Lunatic asylums United Provinces 1909-1921 - 1909-1921
Year: 1909
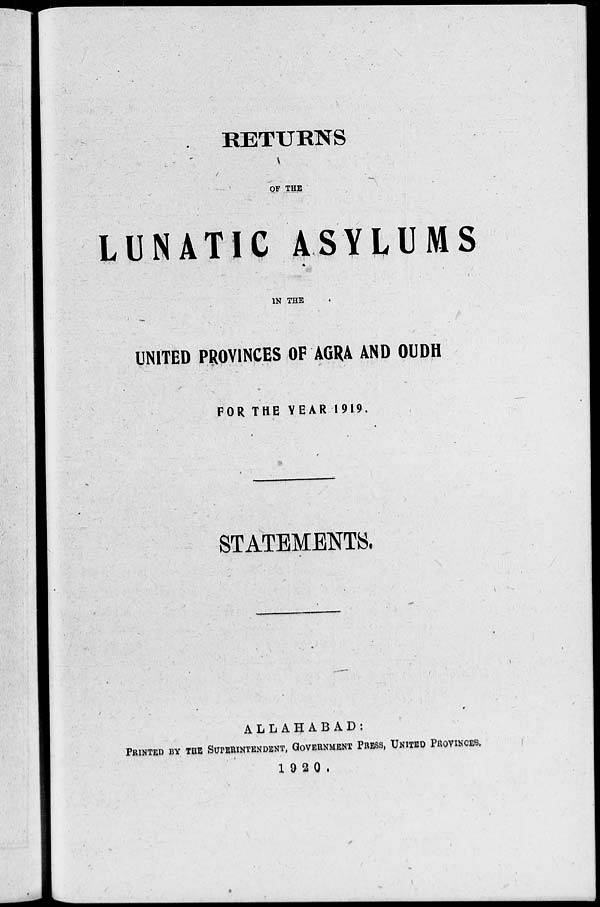
RETURNS
OF THE
LUNATIC ASYLUMS
IN THE
UNITED PROVINCES OF AGRA AND OUDH
FOR THE YEAR 1919.
STATEMENTS.
ALLAHABAD:
PRINTED BY THE SUPERINTENDENT, GOVERNMENT PRESS, UNITED PROVINCES.
1920.